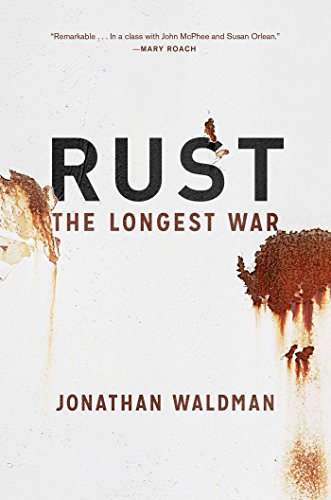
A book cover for Rust: The Longest War; Jonathan Waldman; Engineering & Transportation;